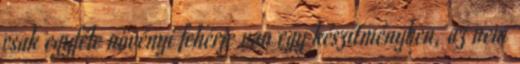
csak egyféle növényi fehérje van egy készítményben, az nem